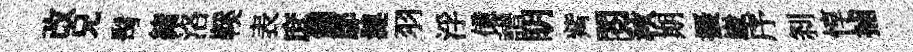
改兄髩緖洛鞵表庶鑣鄔漣羽浮億譜眀觜閲秋期擾崴序𠛴惇捕